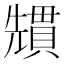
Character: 𭀷